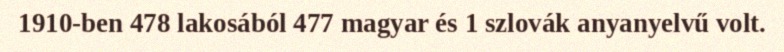
1910-ben 478 lakosából 477 magyar és 1 szlovák anyanyelvű volt.